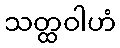
သတ္ထဝါဟံ